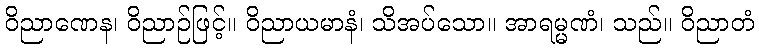
ဝိညာဏေန၊ ဝိညာဉ်ဖြင့်။ ဝိညာယမာနံ၊ သိအပ်သော။ အာရမ္မဏံ၊ သည်။ ဝိညာတံ